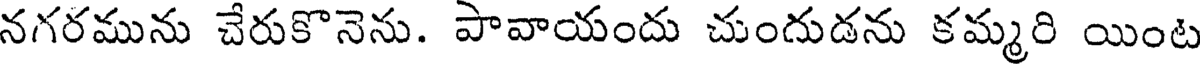
నగరమును చేరుకొనెను. పావాయందు చుందుడను కమ్మరి యింట